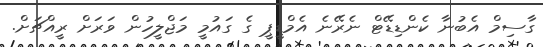
ގާސިމް އެބުނާ ކެންޑިޑޭޓް ނެރޭނެ އެމްޑީޕީ ގެ ގައުމީ މަޖްލީހުން ވަރަށް ރީއްޗަށް.